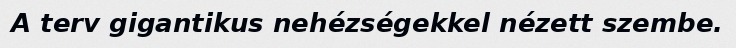
A terv gigantikus nehézségekkel nézett szembe.